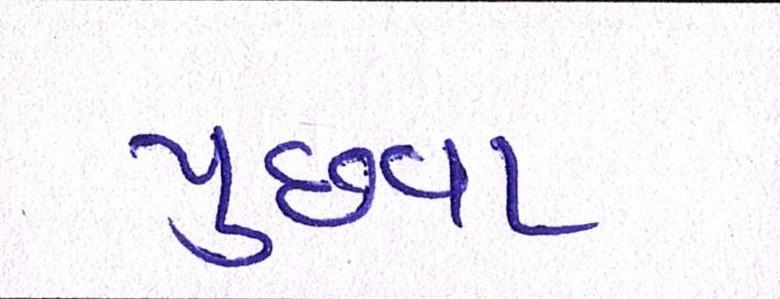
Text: પુછવા